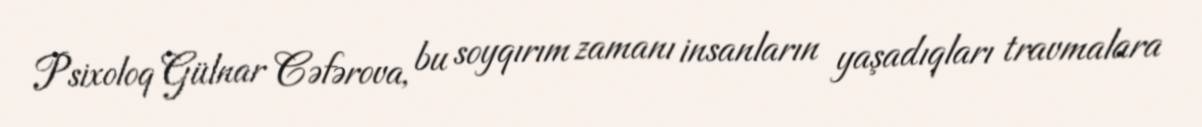
Psixoloq Gülnar Cəfərova, bu soyqırım zamanı insanların yaşadıqları travmalara